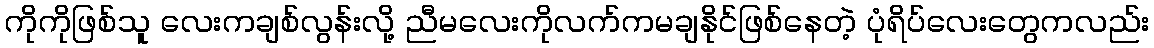
ကိုကိုဖြစ်သူ လေးကချစ်လွန်းလို့ ညီမလေးကိုလက်ကမချနိုင်ဖြစ်နေတဲ့ ပုံရိပ်လေးတွေကလည်း